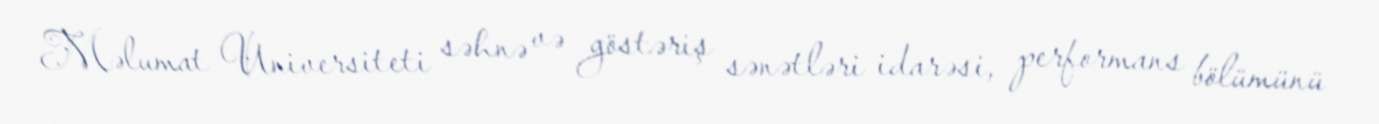
Məlumat Universiteti səhnə və göstəriş sənətləri idarəsi, performans bölümünü